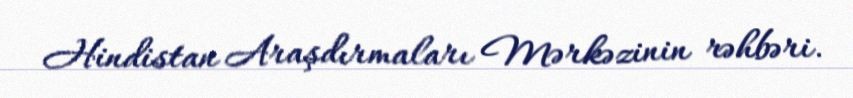
Hindistan Araşdırmaları Mərkəzinin rəhbəri.